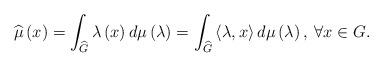
LaTeX: \begin{align*}\widehat{\mu}\left(x\right)=\int_{\widehat{G}}\lambda\left(x\right)d\mu\left(\lambda\right)=\int_{\widehat{G}}\left\langle \lambda,x\right\rangle d\mu\left(\lambda\right),\:\forall x\in G.\end{align*}